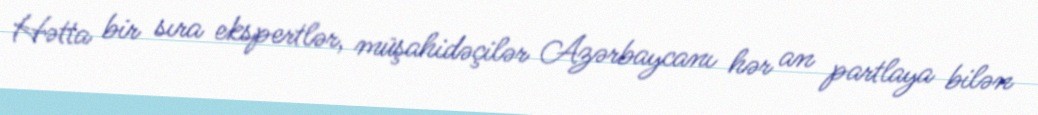
Hətta bir sıra ekspertlər, müşahidəçilər Azərbaycanı hər an partlaya bilən